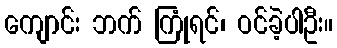
ကျောင်း ဘက် ကြုံရင်၊ ဝင်ခဲ့ပါဦး။